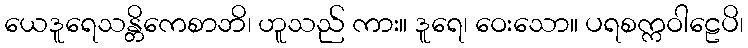
ယေဒူရေသန္တိကေစာဘိ၊ ဟူသည် ကား။ ဒူရေ၊ ဝေးသော။ ပရစက္ကဝါဠေပိ၊